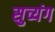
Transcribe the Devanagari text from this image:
सुच्यंग